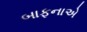
બાફનાએ